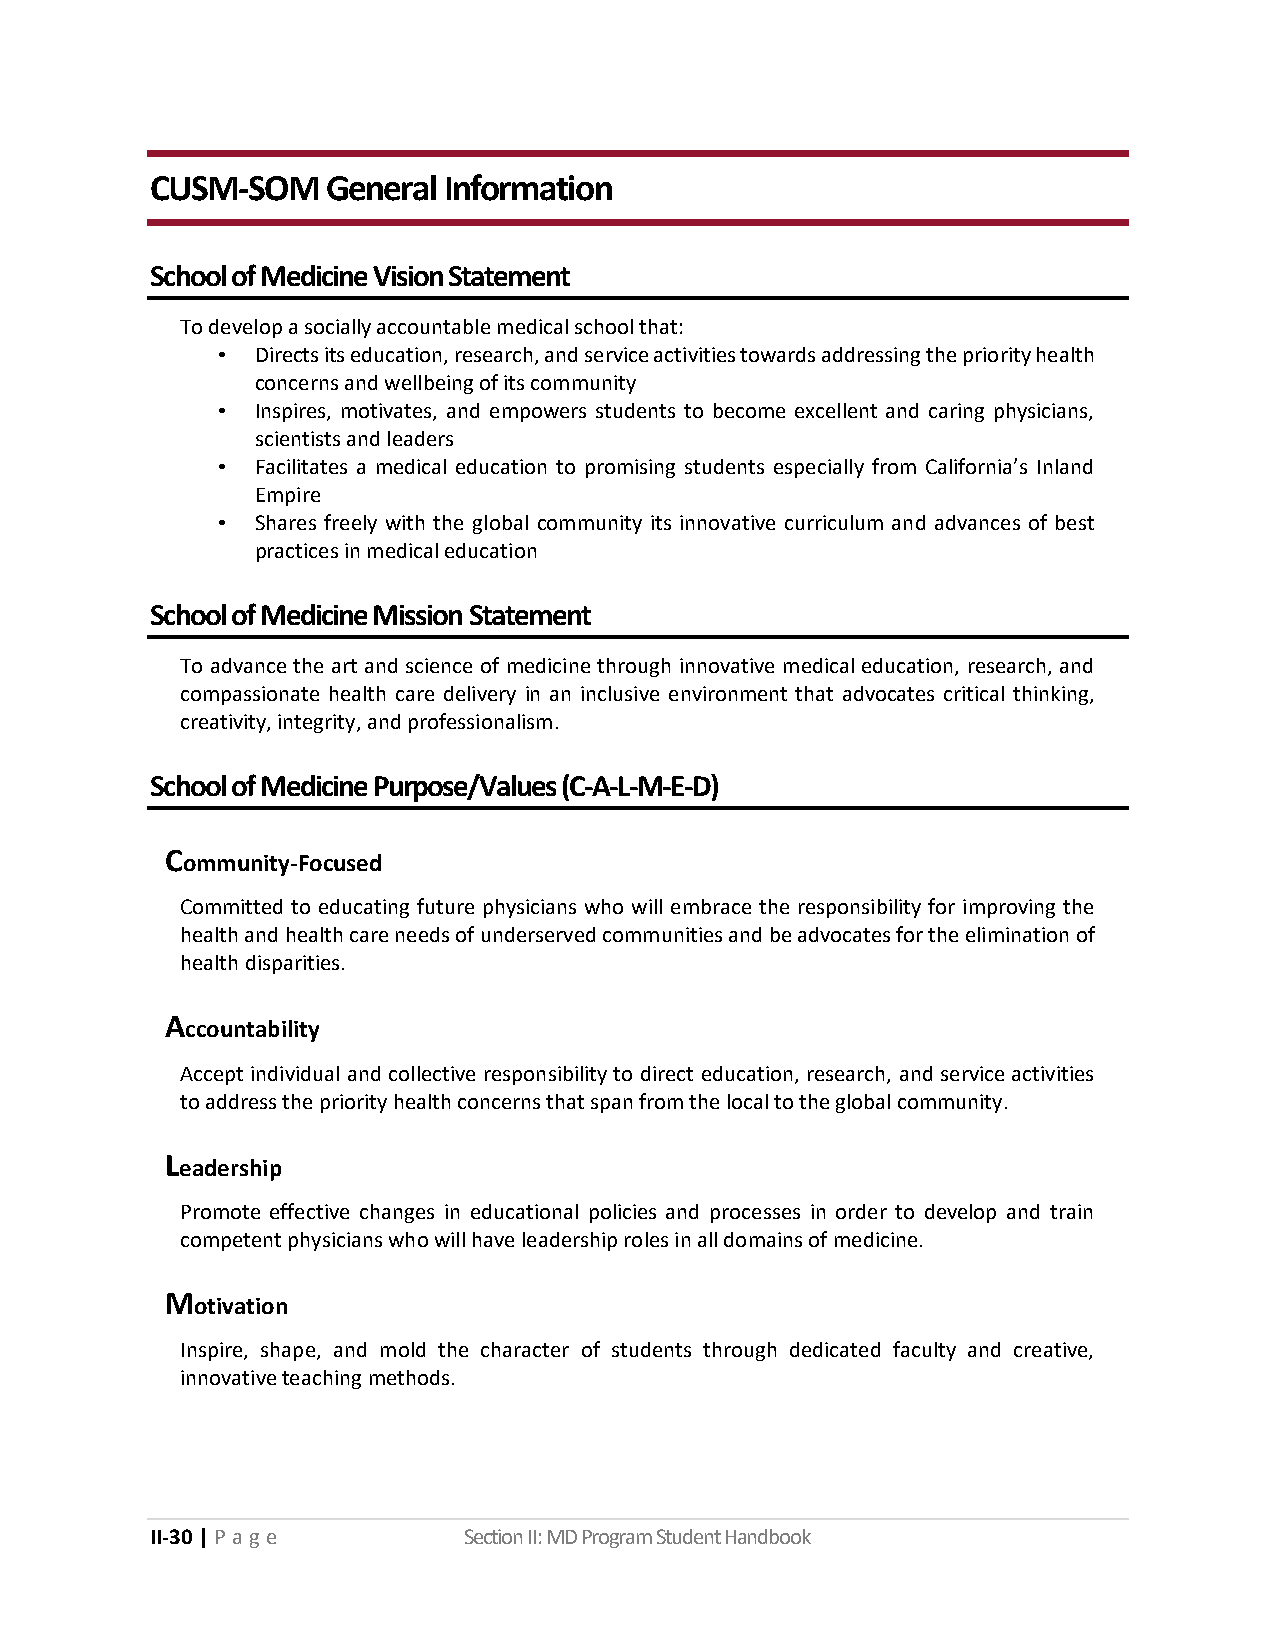
CUSM-SOM    General Information
 School of Medicine Vision Statement
 To develop a socially accountable medical school that:
 •  Directs its education, research, and service activities towards addressing the priority health
 concerns and wellbeing of its community
 •  Inspires, motivates, and empowers students to become excellent and caring physicians,
 scientists and leaders
 •  Facilitates a medical education to promising students especially from California’s Inland
 Empire
 •  Shares freely with the global community its innovative curriculum and advances of best
 practices in medical education
 School of Medicine Mission Statement
 To advance the art and science of medicine through innovative medical education, research, and
 compassionate health care delivery in an inclusive environment that advocates critical thinking,
 creativity, integrity, and professionalism.
 School of Medicine Purpose/Values (C-A-L-M-E-D)
 C
 ommunity-Focused
 Committed to educating future physicians who will embrace the responsibility for improving the
 health and health care needs of underserved communities and be advocates for the elimination of
 health disparities.
 A
 ccountability
 Accept individual and collective responsibility to direct education, research, and service activities
 to address the priority health concerns that span from the local to the global community.
 L
 eadership
 Promote effective changes in educational policies and processes in order to develop and train
 competent physicians who will have leadership roles in all domains of medicine.
 M
 otivation
 Inspire, shape, and mold the character of students through dedicated faculty and creative,
 innovative teaching methods.
 II-30 | P a g e      Section II: MD Program Student Handbook